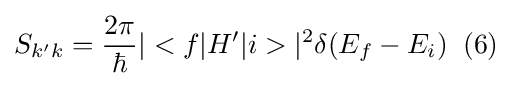
S_{k'k}={\frac {2\pi }{\hbar }}|<f|H'|i>|^{2}\delta (E_{f}-E_{i})\;\;(6)